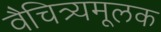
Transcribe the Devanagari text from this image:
वैचित्र्यमूलक